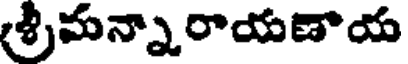
శ్రీమన్నారాయణాయ